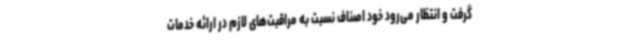
گرفت و انتظار می‌رود خود اصناف نسبت به مراقبت‌های لازم در ارائه خدمات